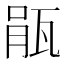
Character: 瓹